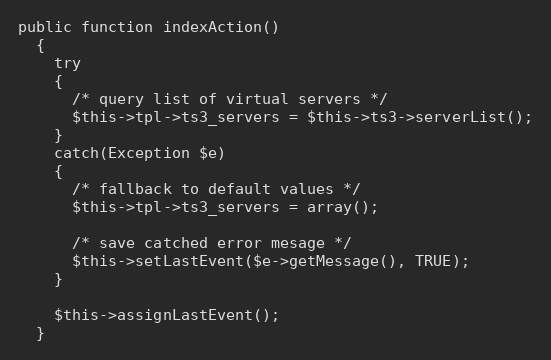
Language: PHP
public function indexAction()
  {
    try
    {
      /* query list of virtual servers */
      $this->tpl->ts3_servers = $this->ts3->serverList();
    }
    catch(Exception $e)
    {
      /* fallback to default values */
      $this->tpl->ts3_servers = array();

      /* save catched error mesage */
      $this->setLastEvent($e->getMessage(), TRUE);
    }

    $this->assignLastEvent();
  }